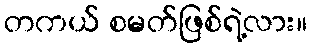
တကယ် စမတ်ဖြစ်ရဲ့လား။